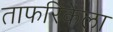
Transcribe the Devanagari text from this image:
ताफरिकेला